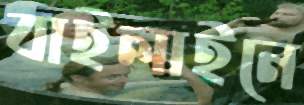
বাইলাইনে